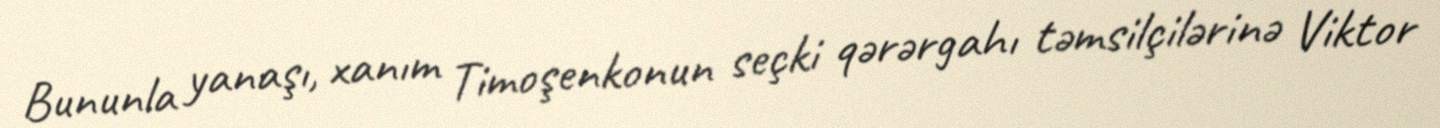
Bununla yanaşı, xanım Timoşenkonun seçki qərərgahı təmsilçilərinə Viktor